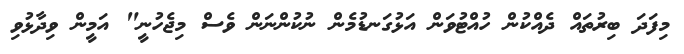
މިފަދަ ބިރުތައް ދެއްކުން ހުއްޓުވަން އަޅުގަނޑުމެން ނުކުންނަން ވެސް މިޖެހުނީ" އަމީން ވިދާޅުވި